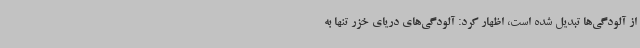
از آلودگی‌ها تبدیل شده است، اظهار کرد: آلودگی‌های دریای خزر تنها به